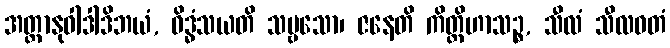
အတ္တာနုဝါဒါဒိဘယံ, ဝိဒ္ဓံသယတိ သဗ္ဗသော၊ ဇနေတိ ကိတ္တိဟာသဉ္စ, သီလံ သီလဝတံ